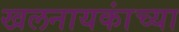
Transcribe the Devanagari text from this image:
खलनायकांच्या